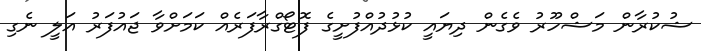
ޝުކުރާން މަޝްހޫރު ވެގެން ދިޔައީ ކުޅުދުއްފުށީގެ ފޮޓޯގްރާފަރެއް ކަމަށްވާ ޖައުފަރު އަލީ ނެގި